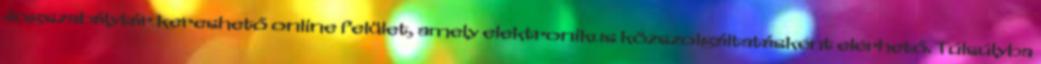
Jogszabálytár kereshető online felület, amely elektronikus közszolgáltatásként elérhető. Túlsúlyba